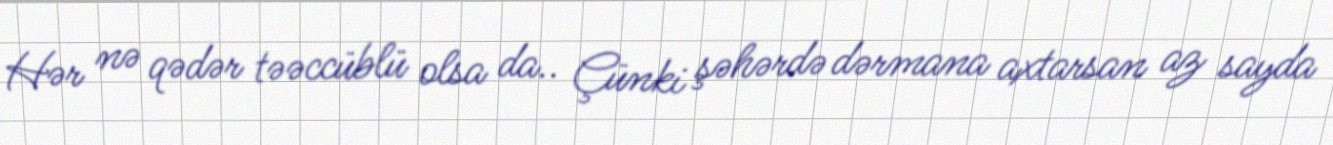
Hər nə qədər təəccüblü olsa da.. Çünki şəhərdə dərmana axtarsan az sayda